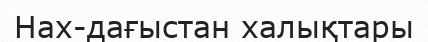
Нах-дағыстан халықтары